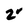
Character: 8